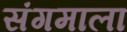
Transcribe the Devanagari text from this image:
संगमाला